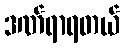
ဒဏ်ရာရတယ်